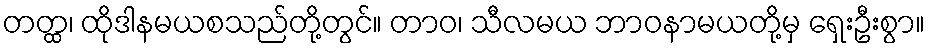
တတ္ထ၊ ထိုဒါနမယစသည်တို့တွင်။ တာဝ၊ သီလမယ ဘာဝနာမယတို့မှ ရှေးဦးစွာ။